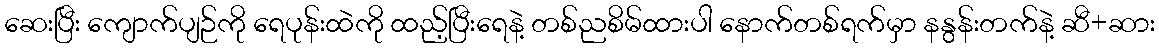
ဆေးပြီး ကျောက်ပျဉ်ကို ရေပုန်းထဲကို ထည့်ပြီးရေနဲ့ တစ်ညစိမ်ထားပါ နောက်တစ်ရက်မှာ နနွန်းတက်နဲ့ ဆီ+ဆား